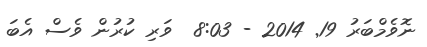
ނޮވެމްބަރު 19